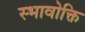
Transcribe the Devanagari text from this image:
स्भावोक्ति